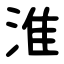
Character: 淮